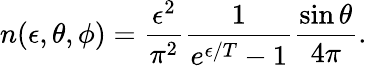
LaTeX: n(\epsilon,\theta,\phi)=\frac{\epsilon^{2}}{\pi^{2}}\frac{1}{e^{\epsilon/T}-1}\frac{\sin\theta}{4\pi}.